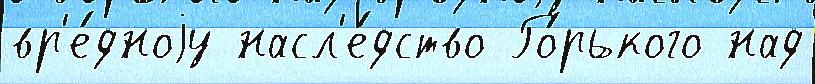
вр'е́дноjу насл'е́дство Го́рького над